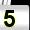
Digit: 5